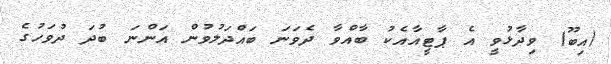
(އިބޫ) ވިދާޅުވީ އެ ޕާޓީއާއެކު ބާއްވާ ދެވަނަ ބައްދަލުވުން އަންނަ ބުދަ ދުވަހުގެ